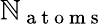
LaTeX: \mathbb{N}_{\mathrm{{~a~t~o~m~s~}}}